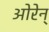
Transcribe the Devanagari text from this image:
ओरेन्